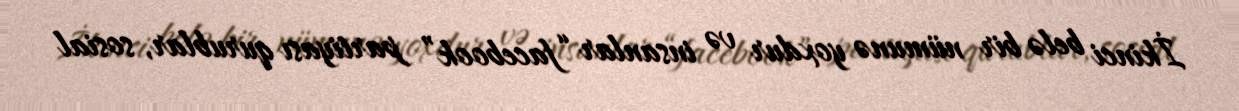
İkinci belə bir nümunə yoxdur və insanlar “facebook” partiyası qurublar, sosial